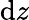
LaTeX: \mathrm{d}z